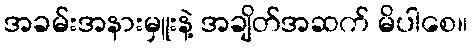
အခမ်းအနားမှူးနဲ့ အချိတ်အဆက် မိပါစေ။